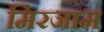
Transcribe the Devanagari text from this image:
मिरजाम